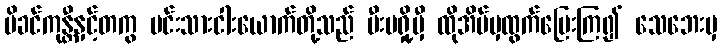
မိခင်ကုန္တီနှင့်တကွ မင်းသားငါးယောက်တို့သည် မီးမရှို့မှီ ထိုအိမ်မှထွက်ပြေးကြ၍ သေဘေးမှ